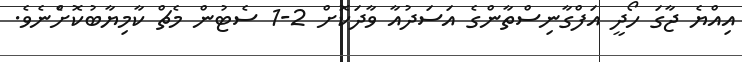
އިއްޔެ ޖާގަ ހޯދީ އަފްގާނިސްތާންގެ އަސަދުއާ ވާދަކޮށް 2-1 ސެޓުން މެޗް ކާމިޔާބުކޮށްެނެވެ.